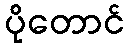
ပိုတောင်